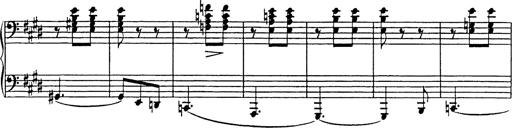
Title: Consolations
Composer: Franz Liszt